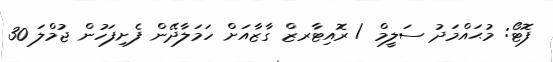
ފޮޓޯ: މުޙައްމަދު ސަލީމް / ރޮއިޓާރޒް ގާޒާއަށް ހަމަލާދޭން ފެށިފަހުން ޖުމްލަ 30